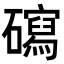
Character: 𥖽